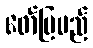
ဖော်ပြမည်